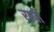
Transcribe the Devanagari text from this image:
रापी